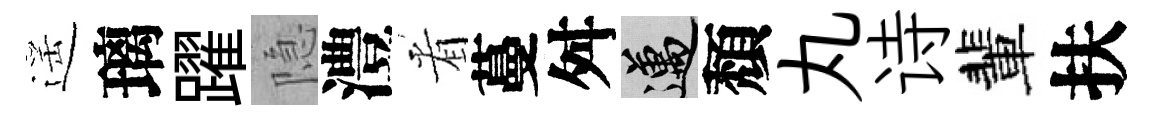
遥璃躍隐澧㸔蔓舛邁頽丸诗輩扶